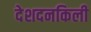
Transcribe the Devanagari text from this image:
देशदनकिली